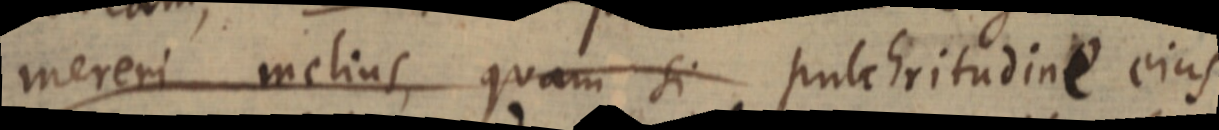
mereri melius, quam si pulchritudine ejus